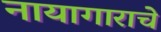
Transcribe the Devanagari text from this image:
नायागाराचे